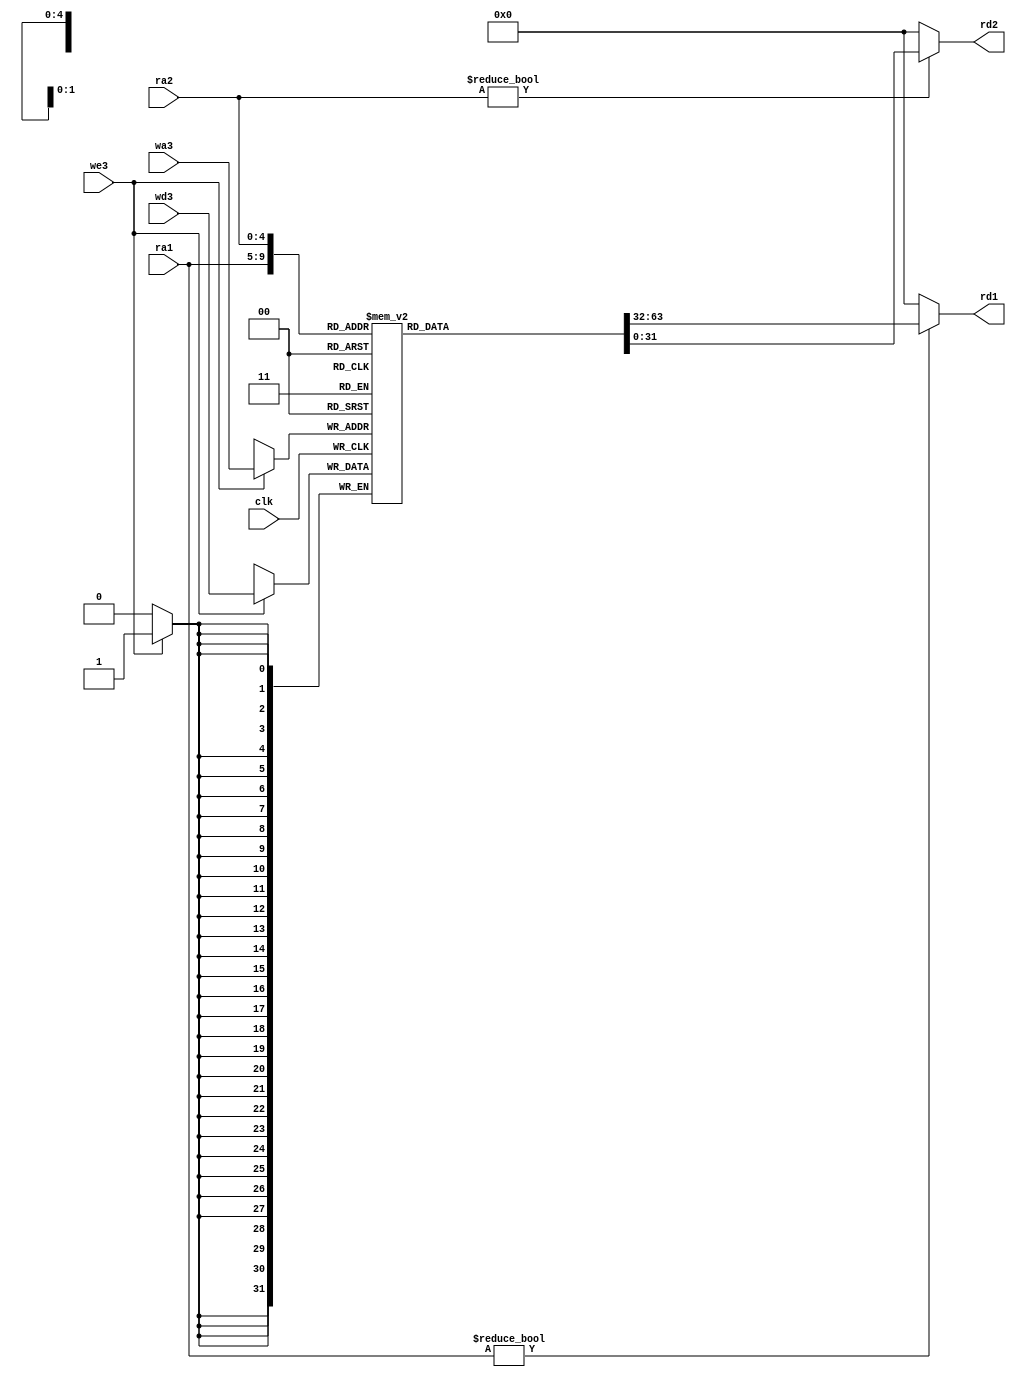
`timescale 1ns / 1ps
//////////////////////////////////////////////////////////////////////////////////
// Company: 
// Engineer: 
// 
// Design Name: 
// Module Name: regfile
// Project Name: 
// Target Devices: 
// Tool Versions: 
// Description: 
// 
// Dependencies: 
// 
// Revision:
// Revision 0.01 - File Created
// Additional Comments:
// 
//////////////////////////////////////////////////////////////////////////////////


module regfile(
	input wire clk,
	input wire we3,
	input wire[4:0] ra1,ra2,wa3,
	input wire[31:0] wd3,
	output wire[31:0] rd1,rd2
    );

	reg [31:0] rf[31:0];

	always @(posedge clk) begin
		if(we3) begin
			 rf[wa3] <= wd3;
		end
	end

	assign rd1 = (ra1 != 0) ? rf[ra1] : 0;
	assign rd2 = (ra2 != 0) ? rf[ra2] : 0;
endmodule